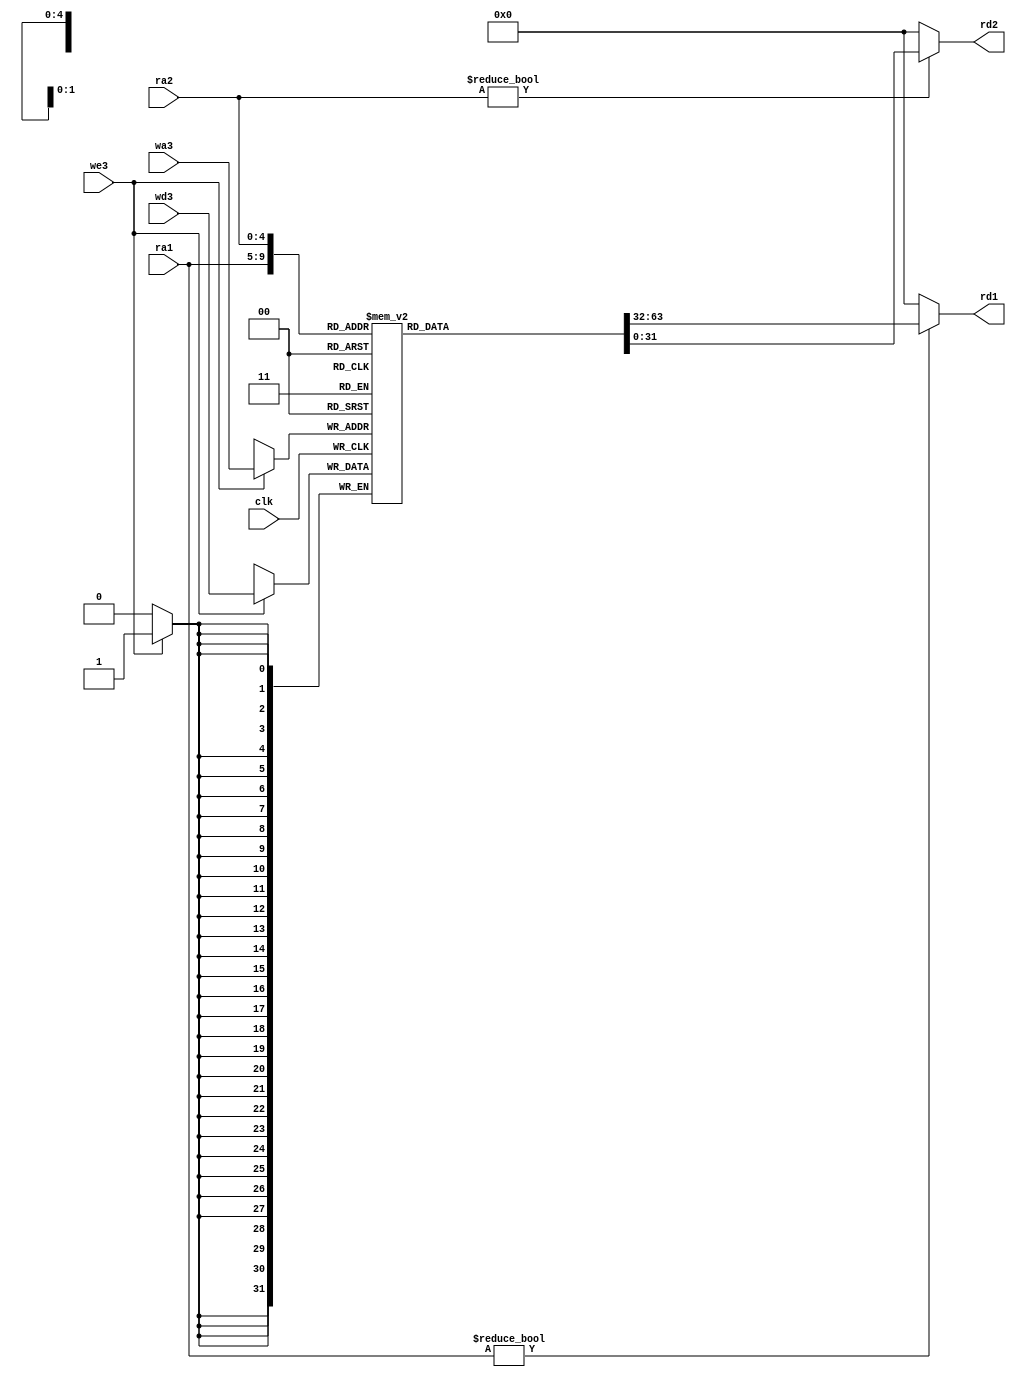
`timescale 1ns / 1ps
//////////////////////////////////////////////////////////////////////////////////
// Company: 
// Engineer: 
// 
// Design Name: 
// Module Name: regfile
// Project Name: 
// Target Devices: 
// Tool Versions: 
// Description: 
// 
// Dependencies: 
// 
// Revision:
// Revision 0.01 - File Created
// Additional Comments:
// 
//////////////////////////////////////////////////////////////////////////////////


module regfile(
	input wire clk,
	input wire we3,
	input wire[4:0] ra1,ra2,wa3,
	input wire[31:0] wd3,
	output wire[31:0] rd1,rd2
    );

	reg [31:0] rf[31:0];

	always @(posedge clk) begin
		if(we3) begin
			 rf[wa3] <= wd3;
		end
	end

	assign rd1 = (ra1 != 0) ? rf[ra1] : 0;
	assign rd2 = (ra2 != 0) ? rf[ra2] : 0;
endmodule